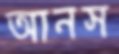
আনস